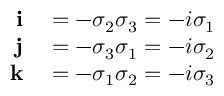
\begin{array} { r l } { \mathbf { i } } & { { } = - \sigma _ { 2 } \sigma _ { 3 } = - i \sigma _ { 1 } } \\ { \mathbf { j } } & { { } = - \sigma _ { 3 } \sigma _ { 1 } = - i \sigma _ { 2 } } \\ { \mathbf { k } } & { { } = - \sigma _ { 1 } \sigma _ { 2 } = - i \sigma _ { 3 } } \end{array}